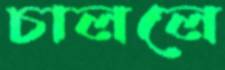
চাললে